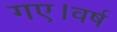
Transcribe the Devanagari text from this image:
गए।वर्ष